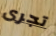
تجرى